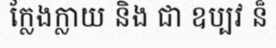
ក្លែងក្លាយ និង ជា ឧប្បវ ន៏